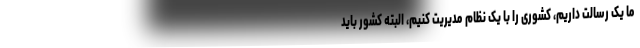
ما یک رسالت داریم، کشوری را با یک نظام مدیریت کنیم، البته کشور باید